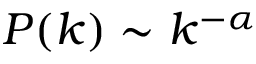
P ( k ) \sim k ^ { - \alpha }